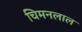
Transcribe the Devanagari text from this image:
चिमनलाल